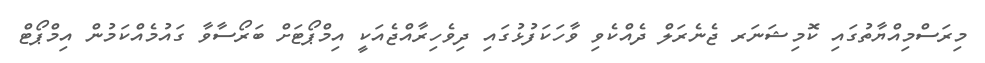
މިރަސްމިއްޔާތުގައި ކޮމިޝަނަރ ޖެނެރަލް ދެއްކެވި ވާހަކަފުޅުގައި ދިވެހިރާއްޖެއަކީ އިމްޕޯޓަށް ބަރޯސާވާ ގައުމެއްކަމުން އިމްޕޯޓް